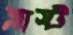
ব্লাস্ট